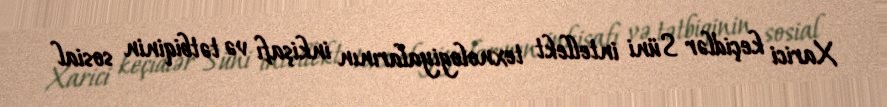
Xarici keçidlər Süni intellekt texnologiyalarının inkişafı və tətbiqinin sosial